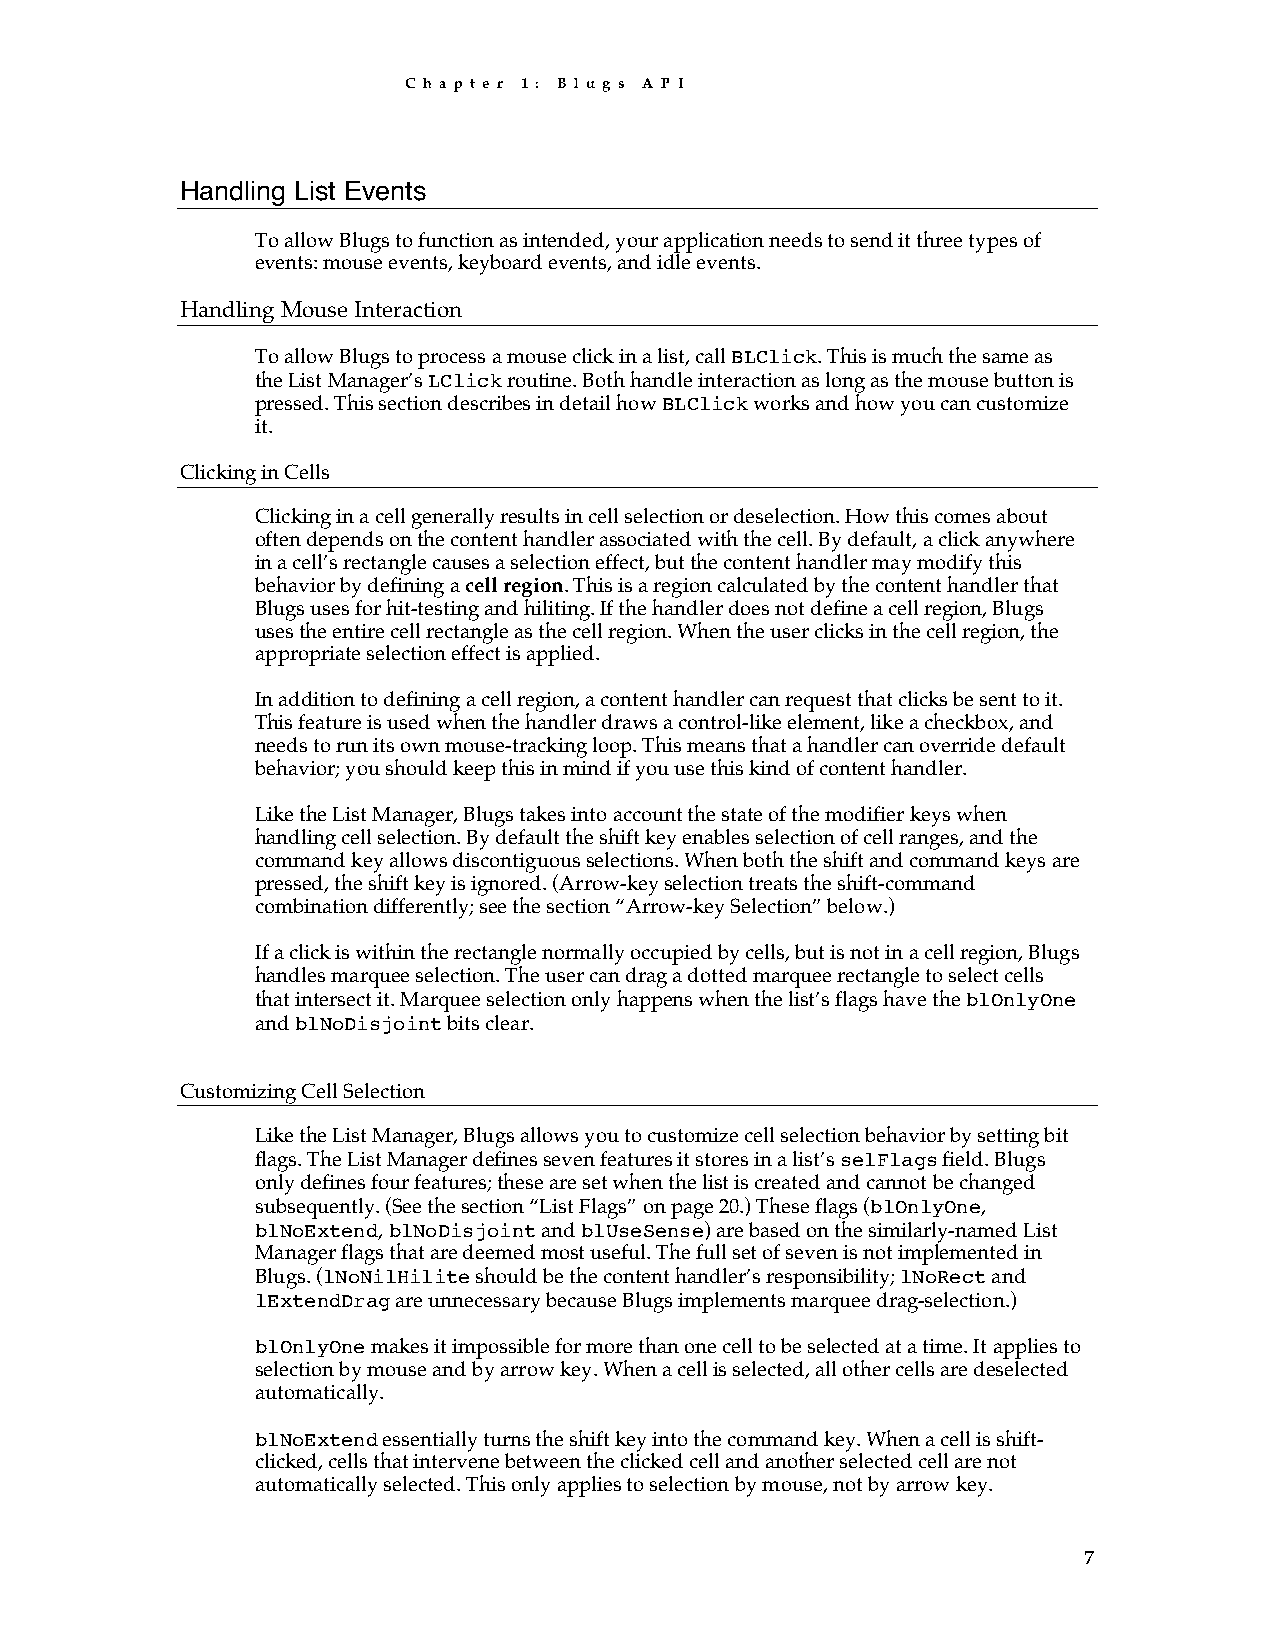
C h a p t e r 1 : B l u g s A P I
 Handling List Events
 To allow Blugs to function as intended, your application needs to send it three types of
 events: mouse events, keyboard events, and idle events.
 Handling Mouse Interaction
 To allow Blugs to process a mouse click in a list, call BLClick. This is much the same as
 the List Manager’s LClick routine. Both handle interaction as long as the mouse button is
 pressed. This section describes in detail how BLClick works and how you can customize
 it.
 Clicking in Cells
 Clicking in a cell generally results in cell selection or deselection. How this comes about
 often depends on the content handler associated with the cell. By default, a click anywhere
 in a cell’s rectangle causes a selection effect, but the content handler may modify this
 behavior by defining a cell region. This is a region calculated by the content handler that
 Blugs uses for hit-testing and hiliting. If the handler does not define a cell region, Blugs
 uses the entire cell rectangle as the cell region. When the user clicks in the cell region, the
 appropriate selection effect is applied.
 In addition to defining a cell region, a content handler can request that clicks be sent to it.
 This feature is used when the handler draws a control-like element, like a checkbox, and
 needs to run its own mouse-tracking loop. This means that a handler can override default
 behavior; you should keep this in mind if you use this kind of content handler.
 Like the List Manager, Blugs takes into account the state of the modifier keys when
 handling cell selection. By default the shift key enables selection of cell ranges, and the
 command key allows discontiguous selections. When both the shift and command keys are
 pressed, the shift key is ignored. (Arrow-key selection treats the shift-command
 combination differently; see the section “Arrow-key Selection” below.)
 If a click is within the rectangle normally occupied by cells, but is not in a cell region, Blugs
 handles marquee selection. The user can drag a dotted marquee rectangle to select cells
 that intersect it. Marquee selection only happens when the list’s flags have the blOnlyOne
 and blNoDisjoint bits clear.
 Customizing Cell Selection
 Like the List Manager, Blugs allows you to customize cell selection behavior by setting bit
 flags. The List Manager defines seven features it stores in a list’s selFlags field. Blugs
 only defines four features; these are set when the list is created and cannot be changed
 subsequently. (See the section “List Flags” on page 20.) These flags (blOnlyOne,
 blNoExtend, blNoDisjoint and blUseSense) are based on the similarly-named List
 Manager flags that are deemed most useful. The full set of seven is not implemented in
 Blugs. (lNoNilHilite should be the content handler’s responsibility; lNoRect and
 lExtendDrag are unnecessary because Blugs implements marquee drag-selection.)
 blOnlyOne makes it impossible for more than one cell to be selected at a time. It applies to
 selection by mouse and by arrow key. When a cell is selected, all other cells are deselected
 automatically.
 blNoExtend essentially turns the shift key into the command key. When a cell is shift-
 clicked, cells that intervene between the clicked cell and another selected cell are not
 automatically selected. This only applies to selection by mouse, not by arrow key.
 7